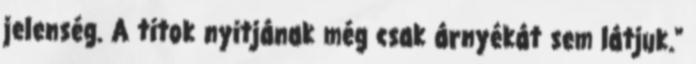
jelenség. A titok nyitjának még csak árnyékát sem látjuk."